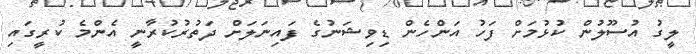
ލީގު އުސޫލުން ކުޅުމަށް ފަހު އަންހެން ޑިވިޝަނުގެ ފައިނަލަށް ދަތުރުކުރާނީ އެންމެ ކުރީގައި